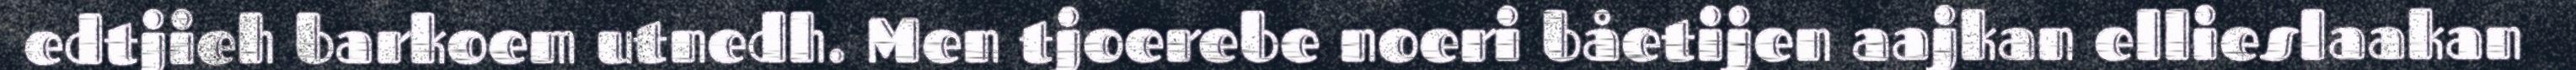
edtjieh barkoem utnedh. Men tjoerebe noeri båetijen aajkan ellieslaakan